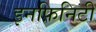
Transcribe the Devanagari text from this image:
इनफ़िनिटी